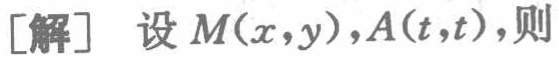
[解] 设 \(M(x,y),A(t,t)\),则